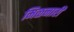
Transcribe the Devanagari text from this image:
मिळनारी